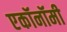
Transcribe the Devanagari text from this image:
एकॉनॉमी